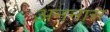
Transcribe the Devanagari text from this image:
अननास